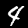
Digit: 4